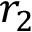
r _ { 2 }